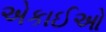
એકાઈઓ